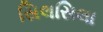
સિલસિલા